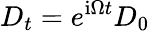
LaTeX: D_{t}=e^{\mathrm{i}\Omega t}D_{0}